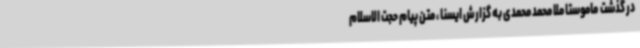
در گذشت  ماموستا ملا محمد محمدی به گزارش ایسنا ، متن پیام حجت الاسلام